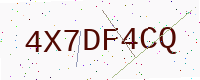
Text: 4X7DF4CQ